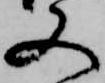
又